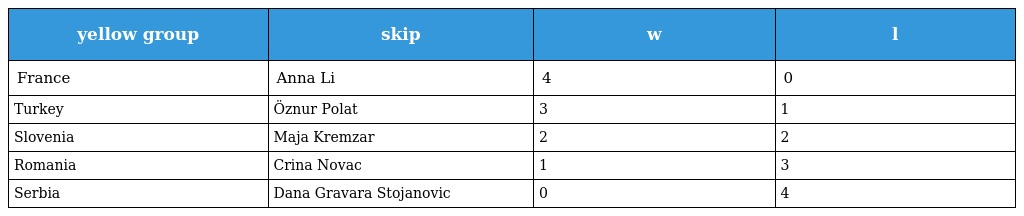
| yellow group | skip | w | l |
 | --- | --- | --- | --- |
 | France | Anna Li | 4 | 0 |
 | Turkey | Öznur Polat | 3 | 1 |
 | Slovenia | Maja Kremzar | 2 | 2 |
 | Romania | Crina Novac | 1 | 3 |
 | Serbia | Dana Gravara Stojanovic | 0 | 4 |